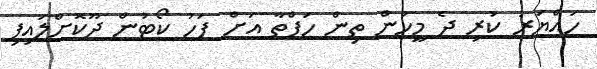
ހައްޔަރު ކުރި ދެ މީހުން ތިން ހަފްތާ އަށް ފަހު ކޯޓުން ދޫކޮށްލައިފި